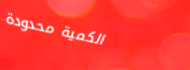
الكمية محدودة